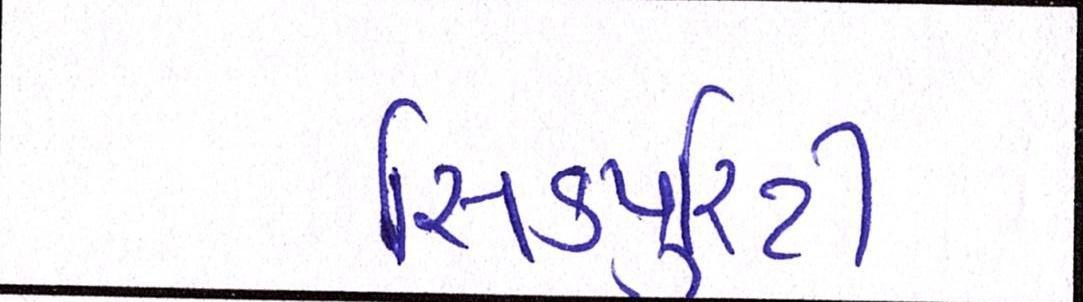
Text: સિકયુરિટી